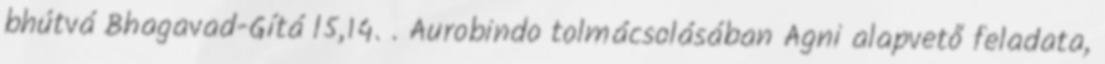
bhútvá Bhagavad-Gítá l5,14. . Aurobindo tolmácsolásában Agni alapvető feladata,